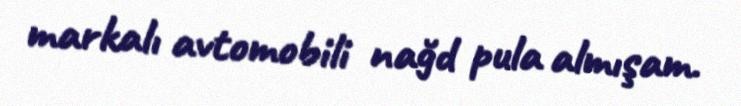
markalı avtomobili nağd pula almışam.